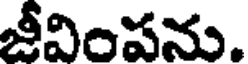
జీవింపను.